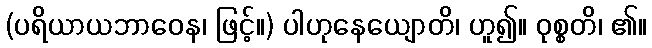
(ပရိယာယဘာဝေန၊ ဖြင့်။) ပါဟုနေယျောတိ၊ ဟူ၍။ ဝုစ္စတိ၊ ၏။